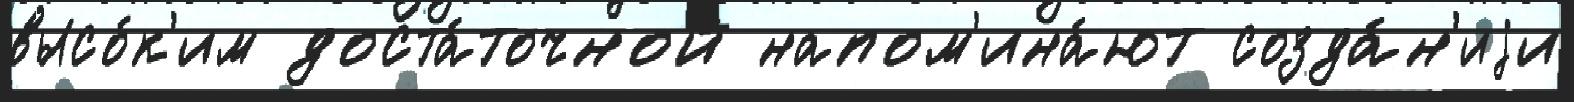
высо́к'им доста́точной напом'ина́ют созда́н'иjи